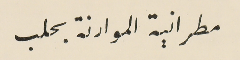
مطرانية الموارنة بحلب